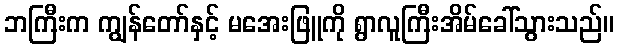
ဘကြီးက ကျွန်တော်နှင့် မအေးဖြူကို ရွာလူကြီးအိမ်ခေါ်သွားသည်။